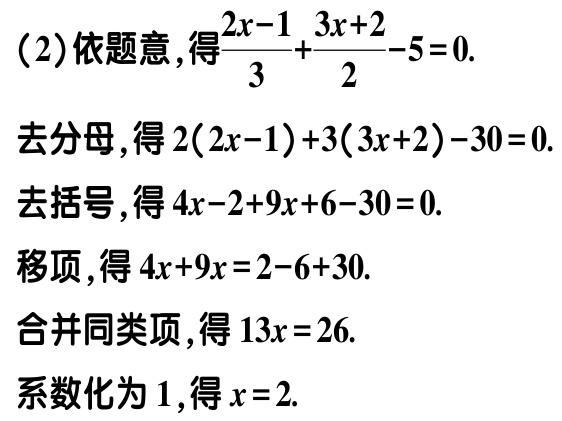
（2）依题意，得\(\frac{2x - 1}{3} + \frac{3x + 2}{2} - 5 = 0\).

去分母，得\(2(2x - 1) + 3(3x + 2) - 30 = 0\).

去括号，得\(4x - 2 + 9x + 6 - 30 = 0\).

移项，得\(4x + 9x = 2 - 6 + 30\).

合并同类项，得\(13x = 26\).

系数化为\(1\)，得\(x = 2\).